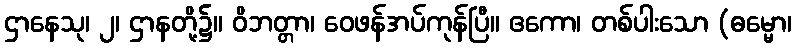
ဌာနေသု၊ ၂၊ ဌာနတို့၌။ ဝိဘတ္တာ၊ ဝေဖန်အပ်ကုန်ပြီ။ ဧကော၊ တစ်ပါးသော (ဓမ္မော၊